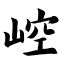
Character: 崆